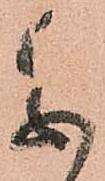
参